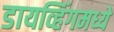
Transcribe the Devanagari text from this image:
डायव्हिंगमध्ये